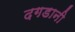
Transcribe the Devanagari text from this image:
दगडानी